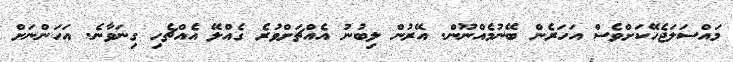
މައްސަލަޖެހޭކަށްވެސް އަހަރެން ބޭނުމެއްނޫން. އޭރުން ލިބުނު އެއްޗަށްވުރެ ގެއްލޭ އެއްޗެހި ގިނަވާނެ. އަހަންނަށް